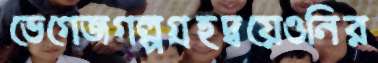
ভেগেজগল্পগ্রহদ্বয়েওনির